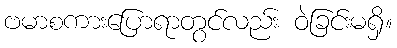
ဗမာစကားပြောရာတွင်လည်း ဝဲခြင်းမရှိ။